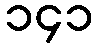
၁၄၁